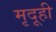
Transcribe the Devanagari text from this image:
मृदूही